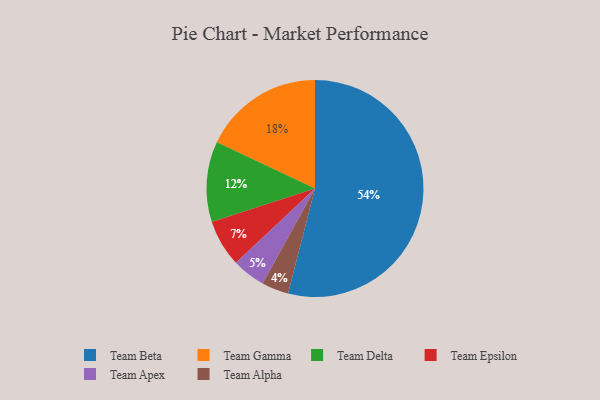
{"axis": {"x": "Category", "y": "Percentage"}, "legend": ["Team Alpha", "Team Apex", "Team Beta", "Team Delta", "Team Epsilon", "Team Gamma"], "data": [{"x": "Team Gamma", "y": 18, "type": "Team Gamma"}, {"x": "Team Alpha", "y": 4, "type": "Team Alpha"}, {"x": "Team Beta", "y": 54, "type": "Team Beta"}, {"x": "Team Apex", "y": 5, "type": "Team Apex"}, {"x": "Team Delta", "y": 12, "type": "Team Delta"}, {"x": "Team Epsilon", "y": 7, "type": "Team Epsilon"}]}